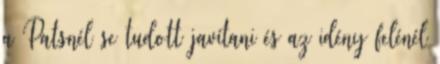
a Patsnél se tudott javítani és az idény felénél